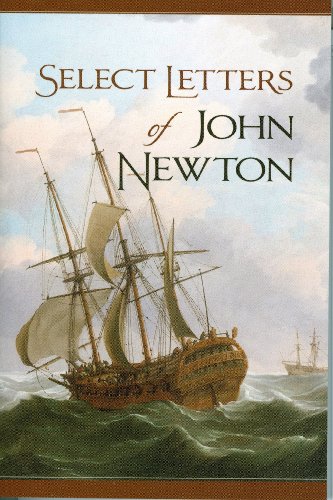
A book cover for Select Letters of John Newton; John Newton; Christian Books & Bibles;